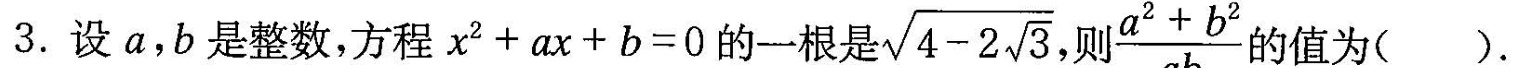
3.设a,b是整数,方程x^{2}+ax+b=0的一根是√4- $$\sqrt{4-2 \sqrt{3}}$$ + $$\frac{a^{2}+b^{2}}{ab}$$ 为( ).